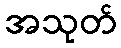
အသုတ်